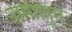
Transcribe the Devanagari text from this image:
नामालूम